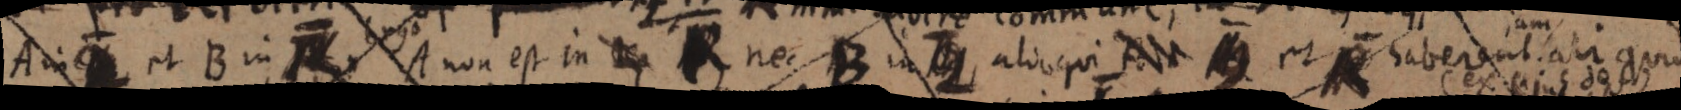
A in et B in _ A non est in _ R nec B in 2 alioqui A 2 et R haberent aliquid